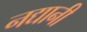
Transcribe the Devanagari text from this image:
नद्यानी